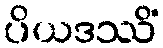
ပိယဒဿိံ